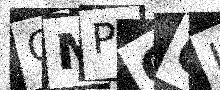
Text: QMPCQI